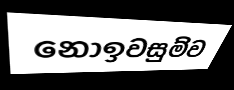
නොඉවසුම්ව